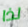
لذا